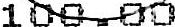
100.00